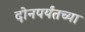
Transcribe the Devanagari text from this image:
दोनपर्यंतच्या